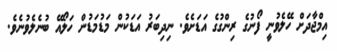
އިމްޖާދަށް ހޭލެވުނީ ފޯނުގެ ރިންގުގެ އަޑަށެވެ. ނިދިބަރު އަޑަކުން މަޑުމަޑުން ހަލޯއޭ ބުނެލެވުނެވެ.